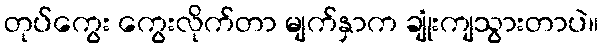
တုပ်ကွေး ကွေးလိုက်တာ မျက်နှာက ချုံးကျသွားတာပဲ။